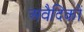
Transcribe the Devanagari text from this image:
अवैदिकों